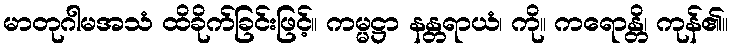
မာတုဂါမအသံ ထိခိုက်ခြင်းဖြင့်။ ကမ္မဋ္ဌာ နန္တရာယံ၊ ကို။ ကရောန္တိ၊ ကုန်၏။